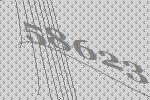
58623